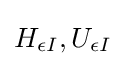
H_{\epsilon I},U_{\epsilon I}